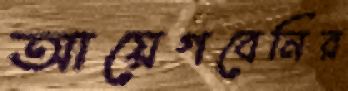
আয়েগবেনির